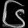
Digit: ၆